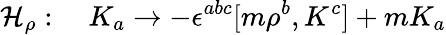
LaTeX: {\cal H}_{\rho}:\quad K_{a}\to-\epsilon^{abc}[m{\rho}^{b},K^{c}]+mK_{a}